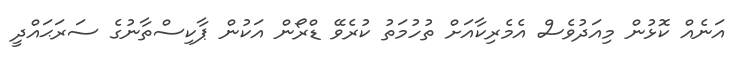
އަނެއް ކޮޅުން މިއަދުވެސް އެމެރިކާއަށް ތުހުމަތު ކުރެވޭ ޑްރޯން އަކުން ޕާކިސްތާނުގެ ސަރަޙައްދީ